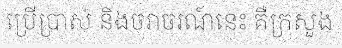
ប្រើប្រាស់ និងចរាចរណ៍នេះ គឺក្រសួង